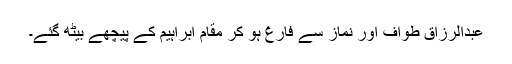
عبدالرزاق طواف اور نماز سے فارغ ہو کر مقامِ ابراہیم کے پیچھے بیٹھ گئے۔